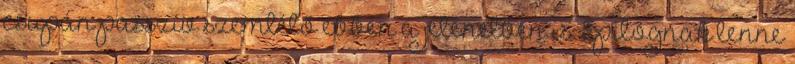
csupán passzív szemlélő ebben a jelenetben is. Epilógnak lenne